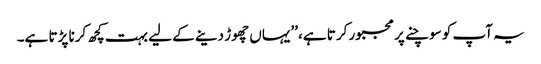
یہ آپ کو سوچنے پر مجبور کرتا ہے، ’’یہاں چھوڑ دینے کے لیے بہت کچھ کرنا پڑتا ہے۔